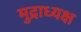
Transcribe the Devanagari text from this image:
मुद्राध्यक्ष